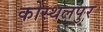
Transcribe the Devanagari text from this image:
कोस्थलपुर